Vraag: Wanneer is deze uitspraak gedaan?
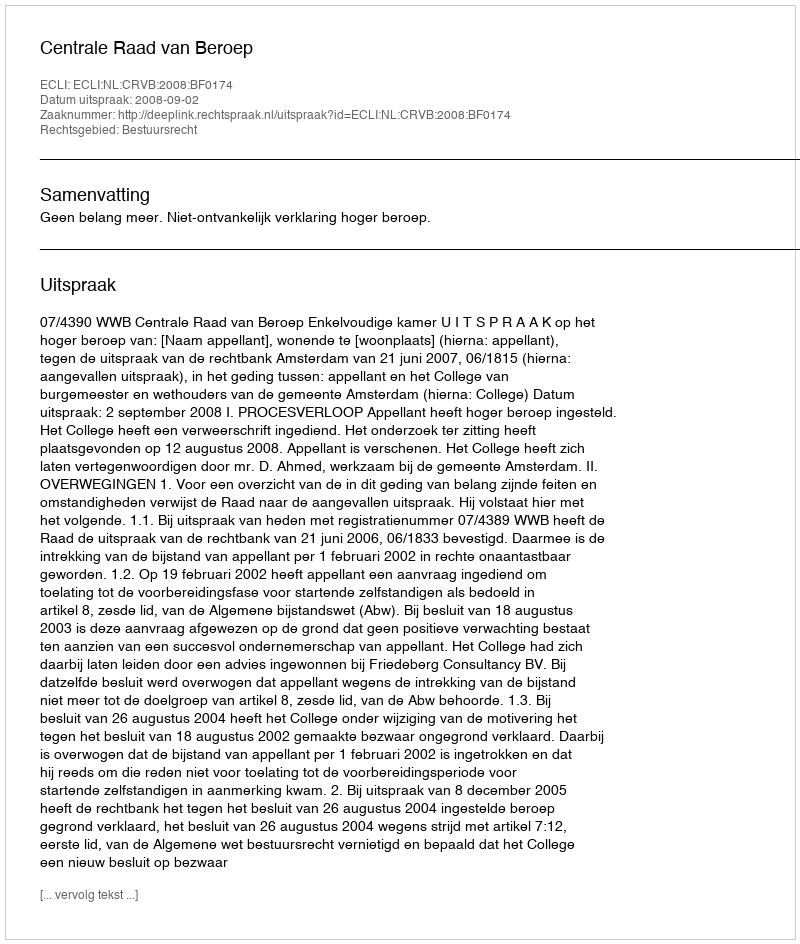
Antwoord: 2008-09-02